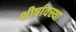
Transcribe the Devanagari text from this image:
शीर्षावस्था